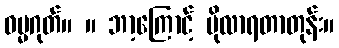
ဓမ္မဂုတ်။ ။ ဘာ့ကြောင့် ပိုလာရတာတုန်း။